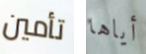
تأمين أياها